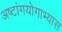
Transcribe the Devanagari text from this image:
अष्टांगयोगाभ्यास